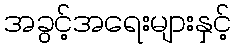
အခွင့်အရေးများနှင့်